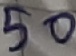
Text: 50